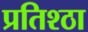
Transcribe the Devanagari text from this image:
प्रतिश्ठा